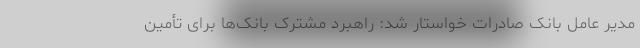
مدیر عامل بانک صادرات خواستار شد: راهبرد مشترک بانک‌ها برای تأمین